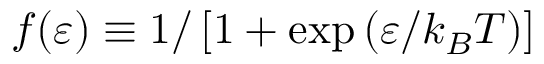
f ( \varepsilon ) \equiv 1 / \left[ 1 + \exp \left( \varepsilon / k _ { B } T \right) \right]